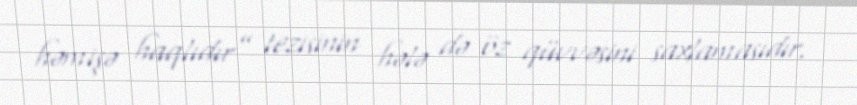
həmişə haqlıdır” tezisinin hələ də öz qüvvəsini saxlamasıdır.